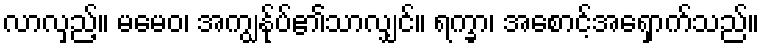
လာလှည့်။ မမေဝ၊ အကျွန်ုပ်၏သာလျှင်။ ရက္ခာ၊ အစောင့်အရှောက်သည်။